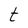
Character: t